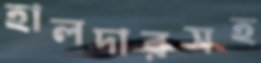
হালদারসহ